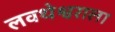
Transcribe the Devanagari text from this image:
लवथेश्वराला